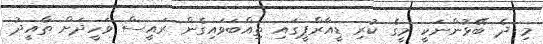
މި ދެ ބޭޅުންނަކީ މީގެ ކުރި ޑީއާރްޕީގައި ތިއްބަވައިގެން ރައީސް ވަހީދަށް ތާއީދު